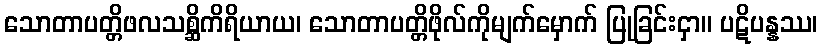
သောတာပတ္တိဖလသစ္ဆိကိရိယာယ၊ သောတာပတ္တိဖိုလ်ကိုမျက်မှောက် ပြုခြင်းငှာ။ ပဋိပန္နဿ၊